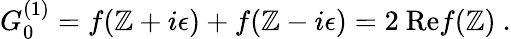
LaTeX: G_{0}^{(1)}=f(\mathbb{Z}+i\epsilon)+f(\mathbb{Z}-i\epsilon)=2~\mathrm{{Re}}f(\mathbb{Z})~.